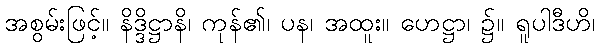
အစွမ်းဖြင့်။ နိဒ္ဒိဋ္ဌာနိ၊ ကုန်၏၊ ပန၊ အထူး။ ဟေဋ္ဌာ၊ ၌။ ရူပါဒီဟိ၊